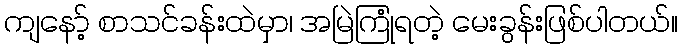
ကျနော့် စာသင်ခန်းထဲမှာ၊ အမြဲကြုံရတဲ့ မေးခွန်းဖြစ်ပါတယ်။